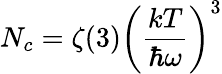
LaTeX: N_{c}=\zeta(3)\left({\frac{kT}{\hbar\omega}}\right)^{3}